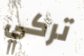
تركي